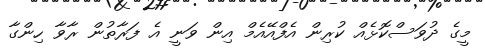
މީގެ ދުވަސްކޮޅެއް ކުރިން އެފްއޭއެމް އިން ވަނީ އެ ފަރާތުން ރާވާ ހިންގާ